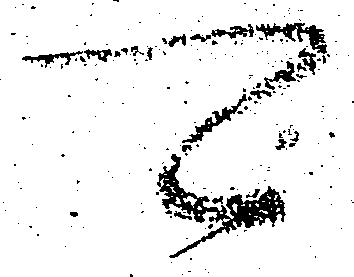
可